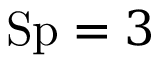
\mathrm { S p } = 3